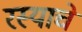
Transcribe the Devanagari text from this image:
रस्याचे